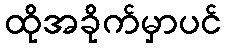
ထိုအခိုက်မှာပင်